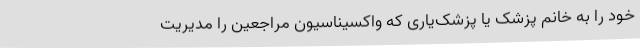
خود را به خانم پزشک یا پزشک‌یاری که واکسیناسیون مراجعین را مدیریت